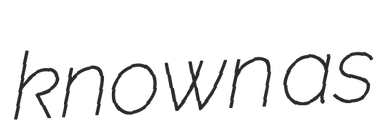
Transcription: known as